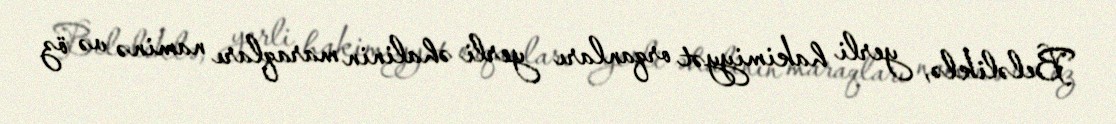
Beləliklə, yerli hakimiyyət orqanları yerli əhalinin maraqları naminə və öz